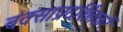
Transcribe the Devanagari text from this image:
बक्साप्रदर्शितकरें